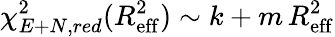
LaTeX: \chi_{E+N,red}^{2}(R_{\mathrm{eff}}^{2})\sim k+m\, R_{\mathrm{eff}}^{2}